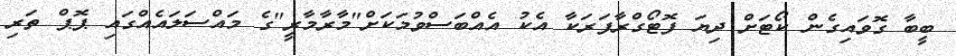
ބީބާ ގޮވައިގެން ކޯޓަށް ދިޔަ ފޮޓޯގްރާފަރަކާ އެކު އެއްބަސްވުމަކަށް"މާރާމާރީ"ގެ މައްސަލައެއްގައި ޕޮޕް ތަރި